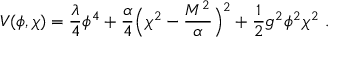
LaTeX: V ( \phi , \chi ) = { \frac { \lambda } { 4 } } \phi ^ { 4 } + { \frac { \alpha } { 4 } } \Bigl ( \chi ^ { 2 } - { \frac { M ^ { 2 } } { \alpha } } \Bigr ) ^ { 2 } + { \frac { 1 } { 2 } } g ^ { 2 } \phi ^ { 2 } \chi ^ { 2 } \ .